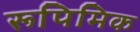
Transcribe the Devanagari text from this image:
रूपिमिक